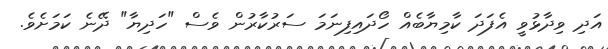
އަދި ވިދާޅުވީ އެފަދަ ކާމިޔާބެއް ހޯދައިފިނަމަ ސަރުކާރުން ވެސް "ހަދިޔާ" ދޭނެ ކަމަށެވެ.